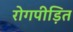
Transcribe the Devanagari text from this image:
रोगपीड़ित